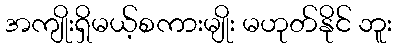
အကျိုးရှိမယ့်စကားမျိုး မဟုတ်နိုင် ဘူး